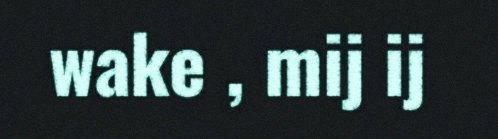
wake , mij ij